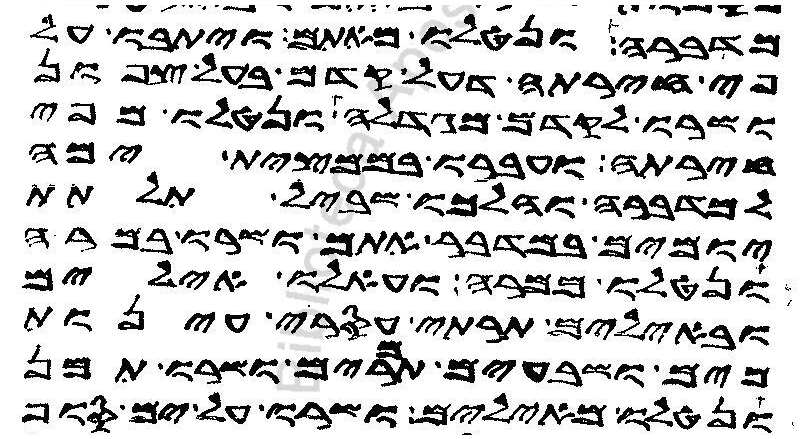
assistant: מדברה ונטלו מאתם ויתבו על
פי חירתה דעל קדם בעל צפון
ושרו לקדם מגדלה ונטלו מפי
חירתה ועברו בממצית ימה
למדברה והלכו שביל תלתת
יומים במדבר אתם ושרו במרה
ונטלו ממרה ועאלו אילים
ובאילים תרתי עסרי עינות
מים ושבעים תמרים ושרו תמן
ונטלו מאילים ושרו על ים סוף